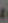
: